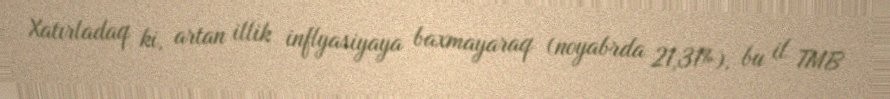
Xatırladaq ki, artan illik inflyasiyaya baxmayaraq (noyabrda 21,31%), bu il TMB